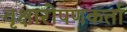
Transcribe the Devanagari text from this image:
वृक्षारोपणकर्ता